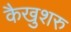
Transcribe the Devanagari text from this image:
कैखुशरु